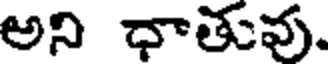
అని ధాతువు.